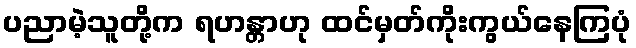
ပညာမဲ့သူတို့က ရဟန္တာဟု ထင်မှတ်ကိုးကွယ်နေကြပုံ